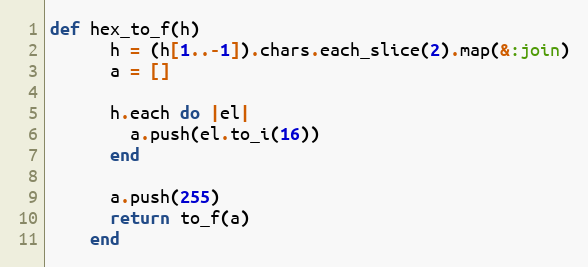
Language: Ruby
def hex_to_f(h)
      h = (h[1..-1]).chars.each_slice(2).map(&:join)
      a = []

      h.each do |el|
        a.push(el.to_i(16))
      end

      a.push(255)
      return to_f(a)
    end